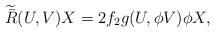
LaTeX: \begin{align*} \widetilde{\bar{R}}(U,V)X=2f_2g(U,\phi V)\phi X, \end{align*}